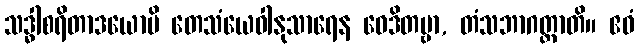
သဒ္ဓါစရိတာဒယောပိ တေသံယေဝါနုသာရေန ဝေဒိတဗ္ဗာ, တံသဘာဂတ္တာတိ။ ဧဝံ